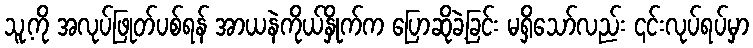
သူ့ကို အလုပ်ဖြုတ်ပစ်ရန် အာယနဲကိုယ်နှိုက်က ပြောဆိုခဲ့ခြင်း မရှိသော်လည်း ၎င်းလုပ်ရပ်မှာ